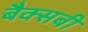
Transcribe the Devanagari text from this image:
बैक्सबी